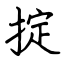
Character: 掟